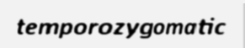
temporozygomatic